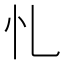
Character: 𢖪